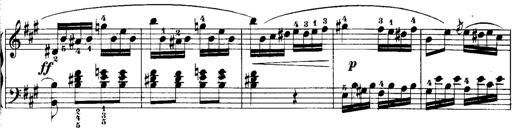
Title: Rondos and Sonatinas for Pianoforte
Composer: Daniel Steibelt